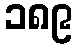
၁၈၉